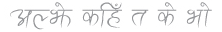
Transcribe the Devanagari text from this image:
अल्के कहिं त के भो